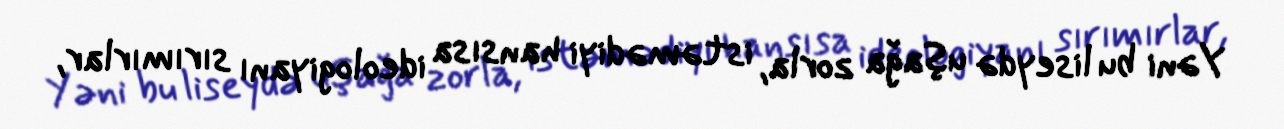
Yəni bu liseydə uşağa zorla, istəmədiyi hansısa ideologiyanı sırımırlar,